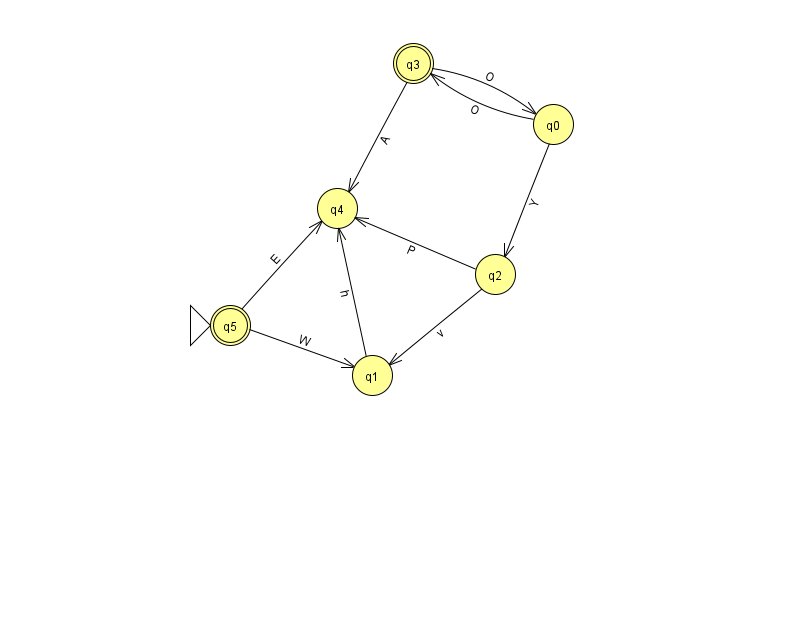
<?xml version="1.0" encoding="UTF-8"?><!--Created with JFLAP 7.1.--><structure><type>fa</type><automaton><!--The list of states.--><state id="0" name="q0"><x>553.0</x><y>111.0</y></state><state id="1" name="q1"><x>372.0</x><y>362.0</y></state><state id="2" name="q2"><x>495.0</x><y>261.0</y></state><state id="3" name="q3"><x>413.0</x><y>50.0</y><final/></state><state id="4" name="q4"><x>337.0</x><y>195.0</y></state><state id="5" name="q5"><x>230.0</x><y>312.0</y><initial/><final/></state><!--The list of transitions.--><transition><from>2</from><to>4</to><read>P</read></transition><transition><from>5</from><to>1</to><read>W</read></transition><transition><from>3</from><to>4</to><read>A</read></transition><transition><from>1</from><to>4</to><read>h</read></transition><transition><from>0</from><to>3</to><read>O</read></transition><transition><from>3</from><to>0</to><read>O</read></transition><transition><from>2</from><to>1</to><read>v</read></transition><transition><from>0</from><to>2</to><read>Y</read></transition><transition><from>5</from><to>4</to><read>E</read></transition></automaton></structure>